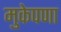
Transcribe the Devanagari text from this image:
मुकेपणा